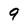
Character: 9